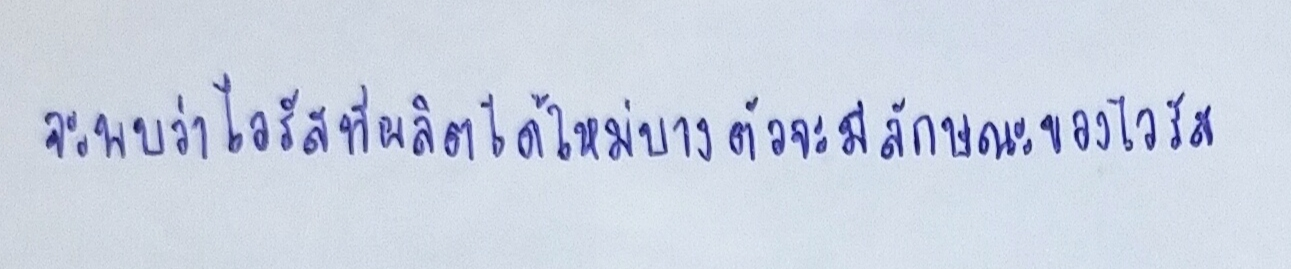
จะพบว่าไวรัสที่ผลิตได้ใหม่บางตัวจะมีลักษณะของไวรัส